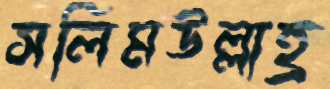
সলিমউল্লাহ্র